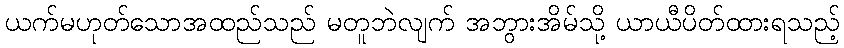
ယက်မဟုတ်သောအထည်သည် မတူဘဲလျက် အဘွားအိမ်သို့ ယာယီပိတ်ထားရသည့်